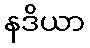
နဒိယာ